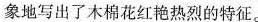
象地写出了木棉花红艳热烈的特征。